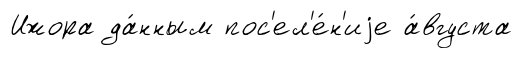
Ижора да́нным пос'ел'е́н'иjе а́вгуста